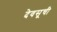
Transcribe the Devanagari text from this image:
देवसूची